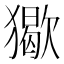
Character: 𤢔